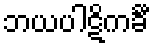
ဘယပါဋိကင်္ခီ